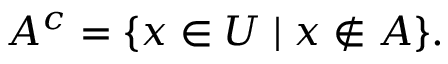
A ^ { c } = \{ x \in U \mid x \notin A \} .